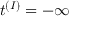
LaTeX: t ^ { ( I ) } = - \infty